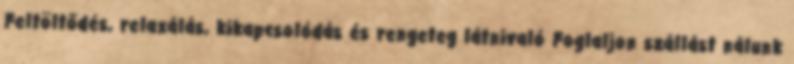
Feltöltődés, relaxálás, kikapcsolódás és rengeteg látnivaló Foglaljon szállást nálunk